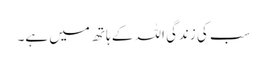
سب کی زندگی اللہ کے ہاتھ میں ہے۔